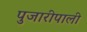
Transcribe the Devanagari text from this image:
पुजारीपाली